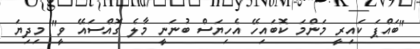
"ބައްޕަ ކައިރީ މަންމަ ކޮބައިހޭ އެހިޔަސް ބުނަނީ މާލެ ގޮއްސައޭ ވީ" މިދިޔަ